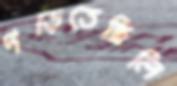
পড়িতেছিলি